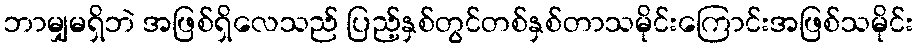
ဘာမျှမရှိဘဲ အဖြစ်ရှိလေသည် ပြည့်နှစ်တွင်တစ်နှစ်တာသမိုင်းကြောင်းအဖြစ်သမိုင်း